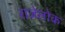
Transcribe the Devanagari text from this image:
राजेलोक